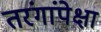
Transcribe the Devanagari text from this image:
तरंगांपेक्षा